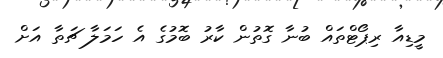
މީޑިއާ ރިޕޯޓްތައް ބުނާ ގޮތުން ކާރު ބޮމުގެ އެ ހަމަލާ ޗަތާ އަށް